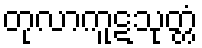
တုလာကူဋသုတ္တံ